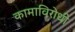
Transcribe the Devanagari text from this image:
कामाविरोधी